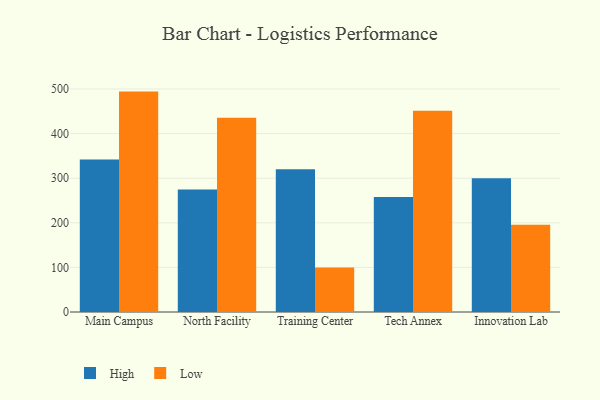
{"axis": {"x": "Campus", "y": "Active Users"}, "legend": ["High", "Low"], "data": [{"x": "Main Campus", "y": 342.1, "type": "High"}, {"x": "Main Campus", "y": 494.1, "type": "Low"}, {"x": "North Facility", "y": 274.5, "type": "High"}, {"x": "North Facility", "y": 435.3, "type": "Low"}, {"x": "Training Center", "y": 320.1, "type": "High"}, {"x": "Training Center", "y": 99.6, "type": "Low"}, {"x": "Tech Annex", "y": 257.6, "type": "High"}, {"x": "Tech Annex", "y": 451.3, "type": "Low"}, {"x": "Innovation Lab", "y": 300.1, "type": "High"}, {"x": "Innovation Lab", "y": 195.4, "type": "Low"}]}